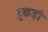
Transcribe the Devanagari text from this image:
टुकड़ी